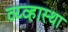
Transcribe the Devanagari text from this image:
व्य्व्हास्था